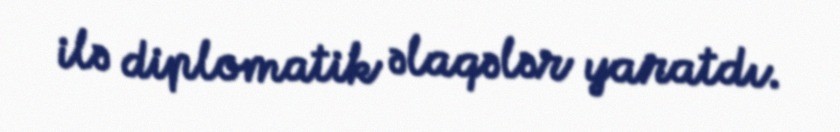
ilə diplomatik əlaqələr yaratdı.